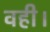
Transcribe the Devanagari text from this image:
वही।